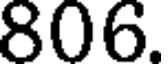
806.